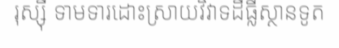
រុស្ស៊ី ទាមទារដោះស្រាយវិវាទដីធ្លីស្ថានទូត